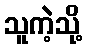
သူကဲ့သို့